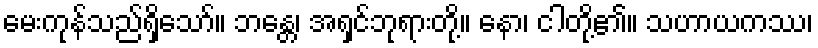
မေးကုန်သည်ရှိသော်။ ဘန္တေ၊ အရှင်ဘုရားတို့။ နော၊ ငါတို့၏။ သဟာယကဿ၊